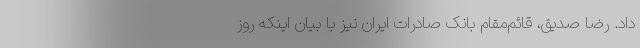
داد. رضا صدیق، قائم‌مقام بانک صادرات ایران نیز با بیان اینکه روز